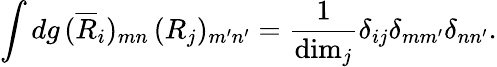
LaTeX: \int dg\, (\overline{{{R}}}_{i})_{mn}\, (R_{j})_{m^{\prime}n^{\prime}}={\frac{1}{\mathrm{dim}_{j}}}\delta_{ij}\delta_{mm^{\prime}}\delta_{nn^{\prime}}.